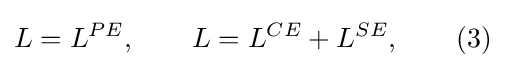
L=L^{PE},\qquad L=L^{CE}+L^{SE},\qquad (3)